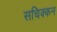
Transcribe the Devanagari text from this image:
सचिक्‍कन